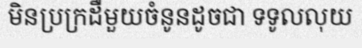
មិនប្រក្រដឺមួយចំនូនដូចជា ទទូលលុយ